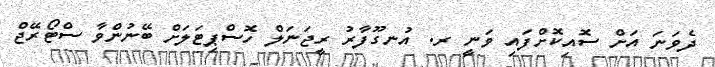
ދެވަނަ އަށް ސޮއިކޮށްފައި ވަނީ ރ. އުނގޫފާރު ރީޖަނަލް ހޮސްޕިޓަލަށް ބޭނުންވާ ސްޓޯރޭޖް